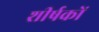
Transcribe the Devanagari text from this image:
शीर्षकाें